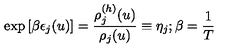
\exp \left[ \beta \epsilon _ { j } ( u ) \right] = \frac { \rho _ { j } ^ { ( h ) } ( u ) } { \rho _ { j } ( u ) } \equiv \eta _ { j } ; \beta = \frac { 1 } { T }